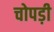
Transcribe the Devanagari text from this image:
चोपड़ी